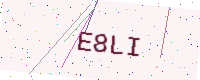
Text: E8LI